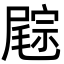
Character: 𡳓